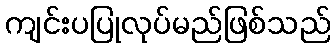
ကျင်းပပြုလုပ်မည်ဖြစ်သည်